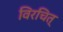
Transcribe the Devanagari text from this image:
विरचित्